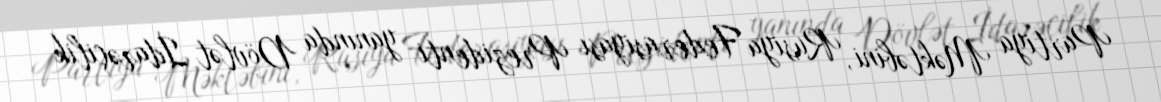
Partiya Məktəbini, Rusiya Federasiyası Prezidenti yanında Dövlət İdarəçilik